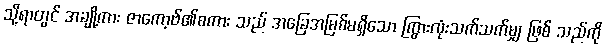
သို့ရာတွင် အချို့ကား ဇာကော့ဗ်၏စကား သည် အခြေအမြစ်မရှိသော ကြွားလုံးသက်သက်မျှ ဖြစ် သည်ကို